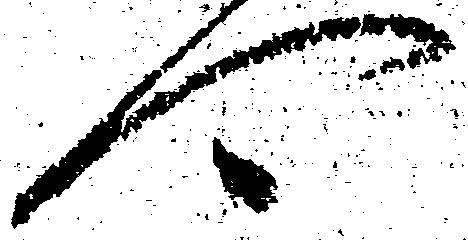
可